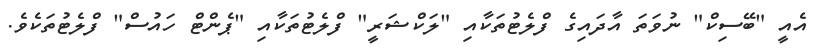
އެއީ "ބޭސިކް" ނުވަތަ އާދައިގެ ފްލެޓުތަކާއި "ލަކްޝަރީ" ފްލެޓުތަކާއި "ޕެންޓް ހައުސް" ފްލެޓުތަކެވެ.